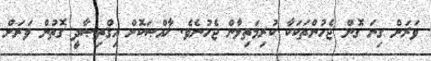
ވަރަށް ގިނަ ގޮން ޖެހުންތަކަކާ ކުރިމަތިލާން ޖެހުނެވެ. ޚާއްޞަކޮށް އިޤްތިޞާދީ ގޮތުން ވަރަށް